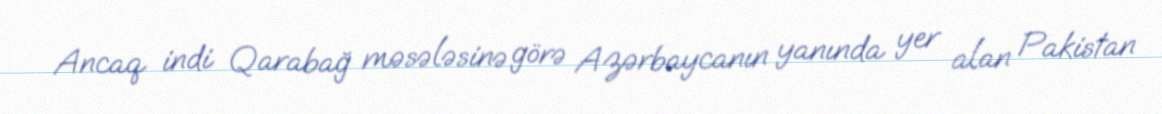
Ancaq indi Qarabağ məsələsinə görə Azərbaycanın yanında yer alan Pakistan